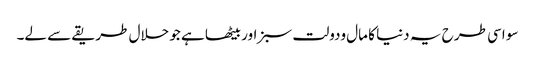
سو اسی طر ح یہ دنیا کا مال ودولت سبز اور بیٹھا ہے جو حلال طریقے سے لے۔